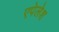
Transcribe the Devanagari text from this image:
एपेलेश